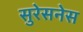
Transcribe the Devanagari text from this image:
सुरेसनेस